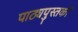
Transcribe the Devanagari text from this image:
पाठ्यपुस्‍तकों